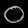
Digit: ၀